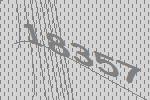
18357